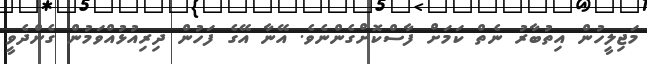
މަޖިލީހުން އިތުބާރު ނެތް ކަމަށް ފާސްކޮށްގެންނެވެ. އޭނާ އޭގެ ފަހުން ދިރިއުޅުއްވަމުން ގެންދެވީ